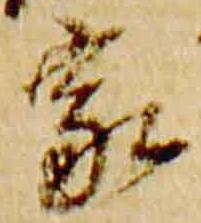
家